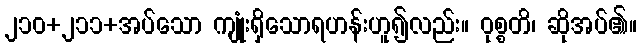
၂၁၀+၂၁၁+အပ်သော ကျုံးရှိသောရဟန်းဟူ၍လည်း။ ဝုစ္စတိ၊ ဆိုအပ်၏။